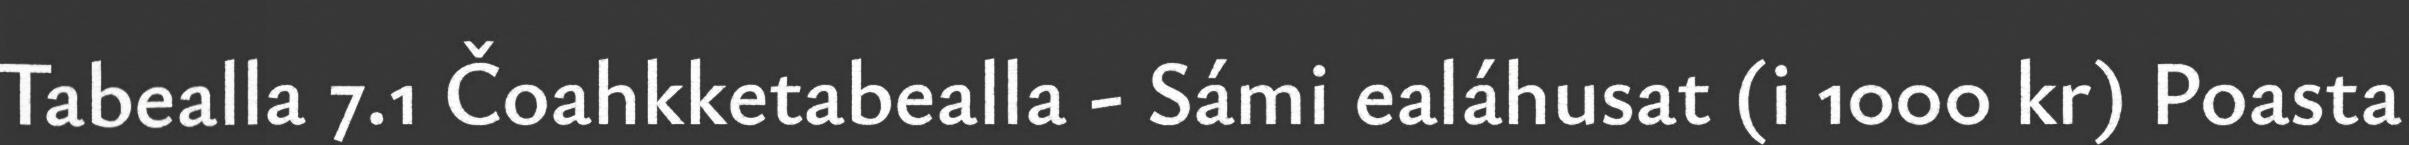
Tabealla 7.1 Čoahkketabealla - Sámi ealáhusat (i 1000 kr) Poasta